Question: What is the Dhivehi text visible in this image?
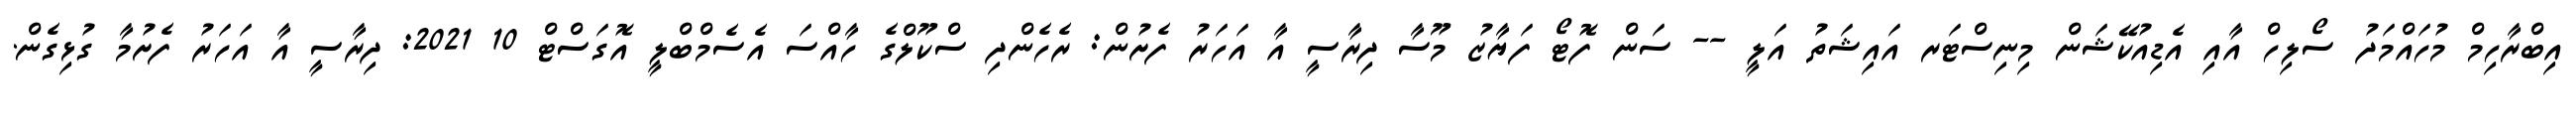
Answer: އިބްރާހިމް މުހައްމަދު ސޯލިހް އާއި އެޑިއުކޭޝަން މިނިސްޓަރ އައިޝަތު އަލީ -- ސަން ފޮޓޯ ފަޔާޒު މޫސާ ދިރާސީ އާ އަހަރު ފެށުން: ރެހެންދި ސްކޫލްގެ ހާއްސަ އެސެމްބްލީ އޮގަސްޓް 10 2021: ދިރާސީ އާ އަހަރު ފެށުމާ ގުޅިގެން.